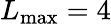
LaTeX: L_{\operatorname*{max}}=4